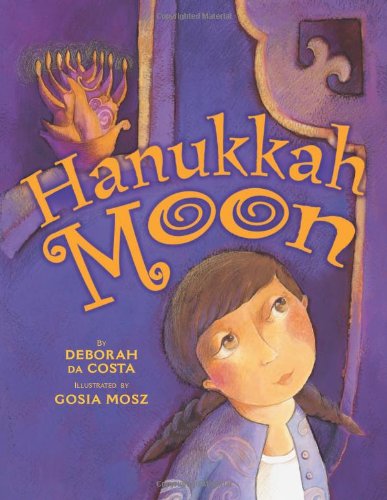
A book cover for Hanukkah Moon; Deborah Da Costa; Children's Books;